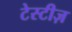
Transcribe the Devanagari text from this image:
टेस्टीज़